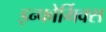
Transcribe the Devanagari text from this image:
इन्फोर्मिक्स